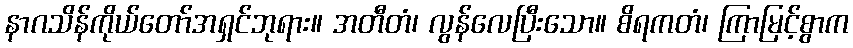
နာဂသိန်ကိုယ်တော်အရှင်ဘုရား။ အတီတံ၊ လွန်လေပြီးသော။ စိရကတံ၊ ကြာမြင့်စွာက